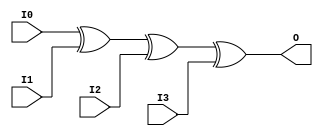
// $Header: /devl/xcs/repo/env/Databases/CAEInterfaces/verunilibs/data/uni9000/XOR4.v,v 1.4 2007/05/23 20:05:17 patrickp Exp $
///////////////////////////////////////////////////////////////////////////////
// Copyright (c) 1995/2004 Xilinx, Inc.
// All Right Reserved.
///////////////////////////////////////////////////////////////////////////////
//   ____  ____
//  /   /\/   /
// /___/  \  /    Vendor : Xilinx
// \   \   \/     Version : 7.1i (H.19)
//  \   \         Description : Xilinx Functional Simulation Library Component
//  /   /                  4-input XOR Gate
// /___/   /\     Filename : XOR4.v
// \   \  /  \    Timestamp : Thu Mar 25 16:42:11 PST 2004
//  \___\/\___\
//
// Revision:
//    03/23/04 - Initial version.
//    05/23/07 - Changed timescale to 1 ps / 1 ps.

`timescale  1 ps / 1 ps

`celldefine

module XOR4 (O, I0, I1, I2, I3);


    output O;

    input  I0, I1, I2, I3;

	xor X1 (O, I0, I1, I2, I3);

    specify
	(I0 *> O) = (0, 0);
	(I1 *> O) = (0, 0);
	(I2 *> O) = (0, 0);
	(I3 *> O) = (0, 0);
    endspecify

endmodule

`endcelldefine